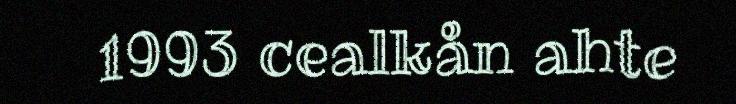
1993 cealkån ahte